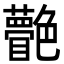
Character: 䒐